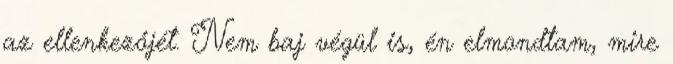
az ellenkezőjét. Nem baj végül is, én elmondtam, mire